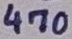
Text: 470